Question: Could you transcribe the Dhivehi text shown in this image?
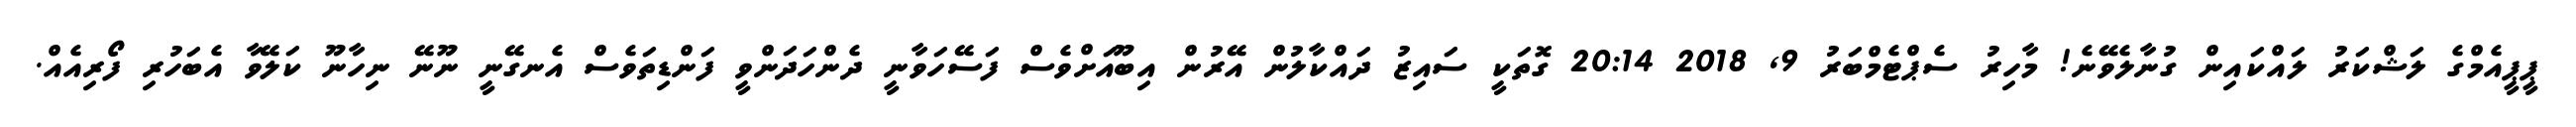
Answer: ޕީޕީއެމްގެ ލަޝްކަރު ލައްކައިން ގުނާލެވޭނެ! މާހިރު ސެޕްޓެމްބަރު 9, 2018 20:14 ގޮތަކީ ސައިޒު ދައްކާލުން އޭރުން އިބޫއަށްވެސް ފަސޭހަވާނީ ދެންހަދަންވީ ފަންޑިތަވެސް އެނގޭނީ ނޫނޭ ނިހާނޫ ކަލޭވާ އެބަހުރި ފޯރިއެއް.